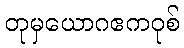
တုမှယောဂဧကဝုစ်